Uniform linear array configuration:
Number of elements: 24
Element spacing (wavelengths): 0.75
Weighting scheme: uniform
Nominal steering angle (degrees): -15
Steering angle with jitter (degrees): -16.866
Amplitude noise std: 0.05
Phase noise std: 0.05

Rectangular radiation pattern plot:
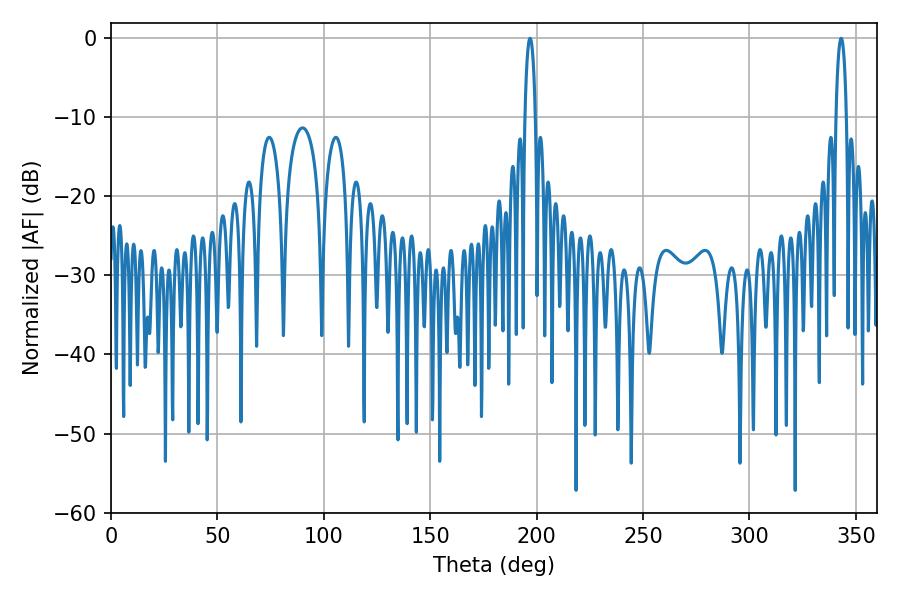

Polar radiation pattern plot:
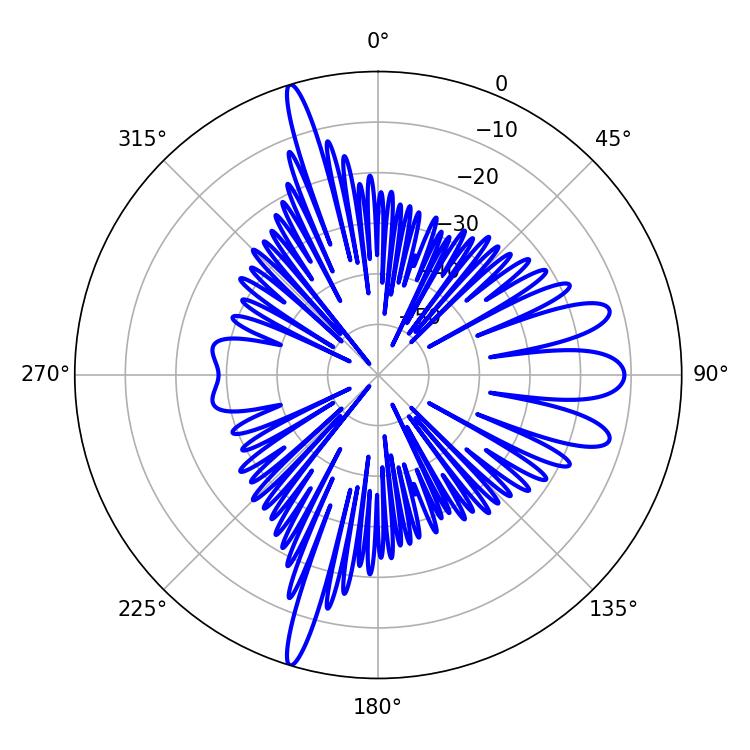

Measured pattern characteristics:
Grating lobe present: TRUE
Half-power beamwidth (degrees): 2.88
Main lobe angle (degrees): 343.08